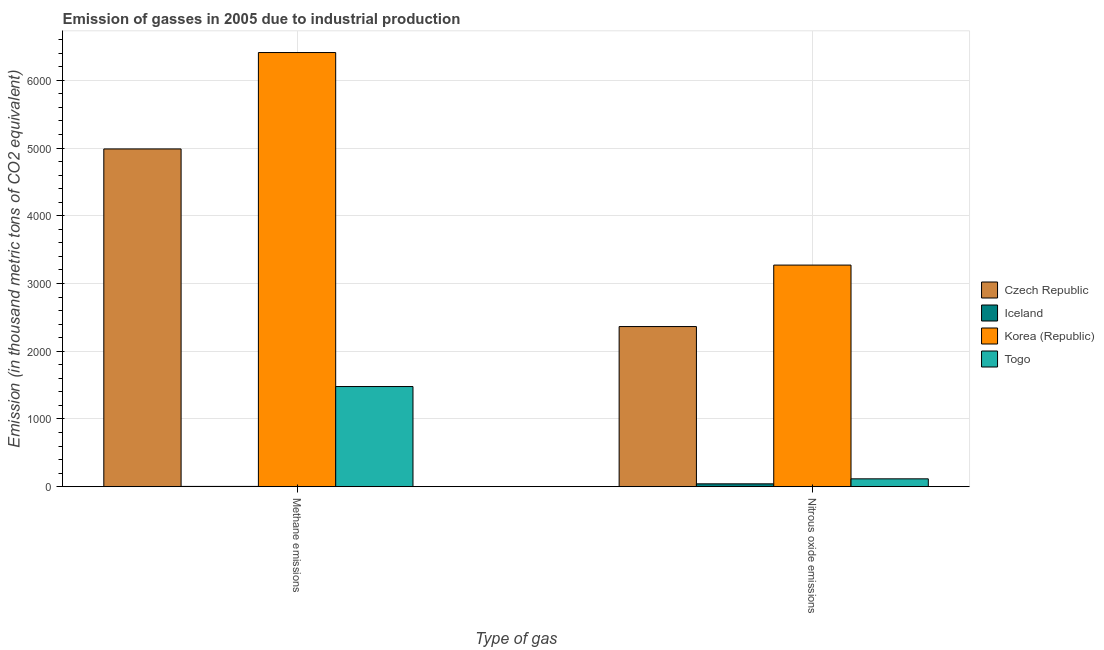
| Type of gas | Czech Republic | Iceland | Korea (Republic) | Togo |
 | --- | --- | --- | --- | --- |
 | Methane emissions | 4.99e+03 | 4 | 6.41e+03 | 1.48e+03 |
 | Nitrous oxide emissions | 2.36e+03 | 42.1 | 3.27e+03 | 116 |